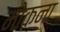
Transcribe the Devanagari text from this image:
मोकना